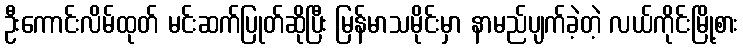
ဦးကောင်းလိမ်ထုတ် မင်းဆက်ပြုတ်ဆိုပြီး မြန်မာသမိုင်းမှာ နာမည်ပျက်ခဲ့တဲ့ လယ်ကိုင်းမြို့စား